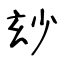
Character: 玅